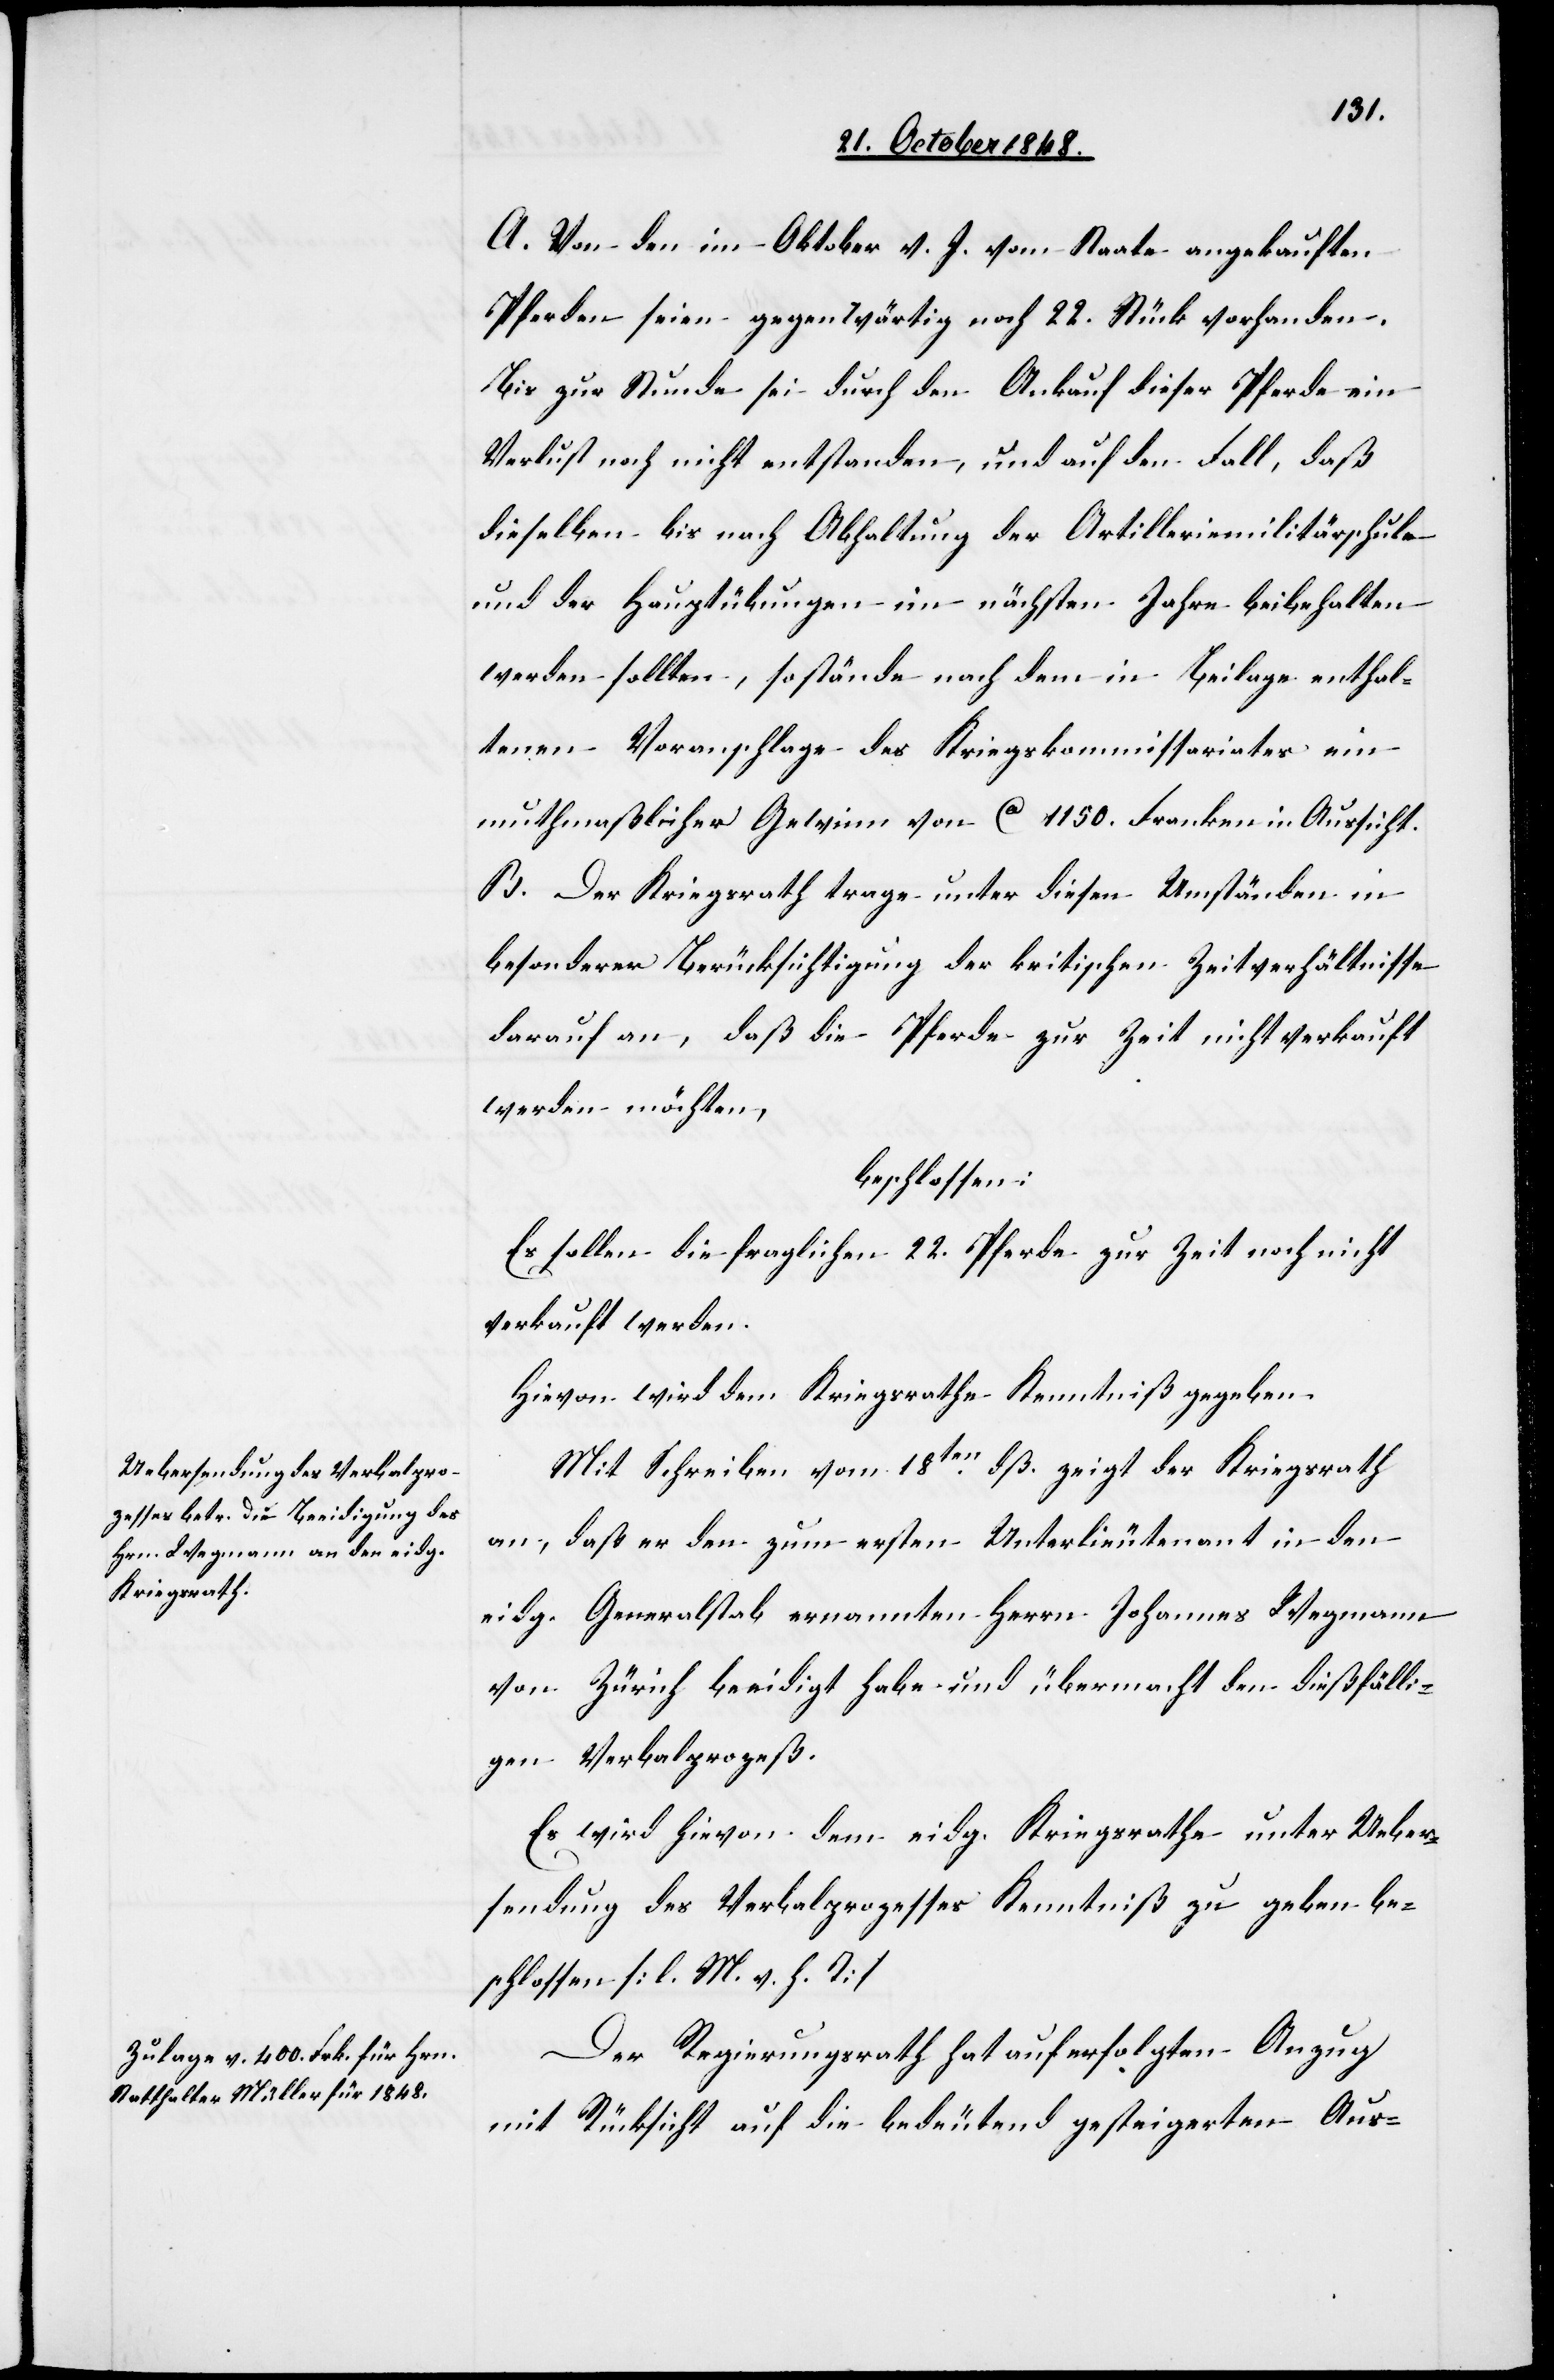
A. Von den im Oktober v. J. vom Staate angekauften
Pferden seien gegenwärtig noch 22. Stück vorhanden.
Bis zur Stunde sei durch den Ankauf dieser Pferde ein
Verlust noch nicht entstanden, und auf den Fall, daß
dieselben bis nach Abhaltung der Artilleriemilitärschule
und der Hauptübungen im nächsten Jahre beibehalten
werden sollten, so stände nach dem in Beilage enthal¬
tenen Voranschlage des Kriegskommissariates ein
muthmaßlicher Gewinn von ca. 1150. Franken in Aussicht.
B. Der Kriegsrath trage unter diesen Umständen in
besonderer Berücksichtigung der kritischen Zeitverhältnisse
darauf an, daß die Pferde zur Zeit nicht verkauft
werden möchten,
beschlossen:
Es sollen die fraglichen 22. Pferde zur Zeit noch nicht
verkauft werden.
Hievon wird dem Kriegsrathe Kenntniß gegeben.
Mit Schreiben vom 18ten dß. zeigt der Kriegsrath
an, daß er den zum ersten Unterlieutenant in den
eidg. Generalstab ernannten Herrn Johannes Wegmann
von Zürich beeidigt habe und übermacht den dießfälli¬
gen Verbalprozeß.
Es wird hievon dem eidg. Kriegsrathe unter Ueber¬
sendung des Verbalprozesses Kenntniß zu geben be¬
schlossen. [l. M. v. h. T]
Der Regierungsrath hat auf erfolgten Anzug
mit Rücksicht auf die bedeutend gesteigerten Aus-